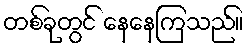
တစ်ခုတွင် နေနေကြသည်။